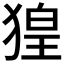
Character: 𤟡